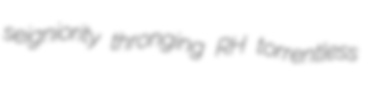
seigniority thronging RH torrentless